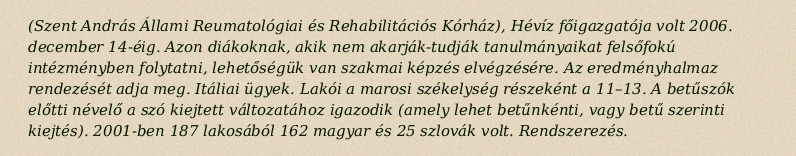
(Szent András Állami Reumatológiai és Rehabilitációs Kórház), Hévíz főigazgatója volt 2006. december 14-éig. Azon diákoknak, akik nem akarják-tudják tanulmányaikat felsőfokú intézményben folytatni, lehetőségük van szakmai képzés elvégzésére. Az eredményhalmaz rendezését adja meg. Itáliai ügyek. Lakói a marosi székelység részeként a 11–13. A betűszók előtti névelő a szó kiejtett változatához igazodik (amely lehet betűnkénti, vagy betű szerinti kiejtés). 2001-ben 187 lakosából 162 magyar és 25 szlovák volt. Rendszerezés.